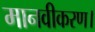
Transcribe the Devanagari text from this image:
मानवीकरण।